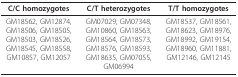
| C/C homozygotes | C/T heterozygotes | T/T homozygotes |
 | --- | --- | --- |
 | GM18562, GM12874,GM18506, GM18505,GM18503, GM18526,GM18545, GM18558,GM10857, GM12057 | GM07029, GM07348,GM10860, GM18563,GM18564, GM18573,GM18576, GM18593,GM18635, GM07055,GM06994 | GM18537, GM18561,GM18623, GM18976,GM18992, GM19154,GM18960, GM11881,GM12146, GM12145 |